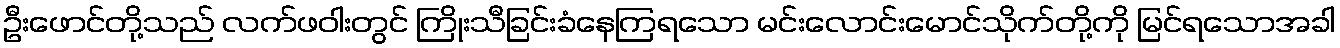
ဦးဖောင်တို့သည် လက်ဖဝါးတွင် ကြိုးသီခြင်းခံနေကြရသော မင်းလောင်းမောင်သိုက်တို့ကို မြင်ရသောအခါ